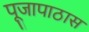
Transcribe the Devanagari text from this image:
पूजापाठास